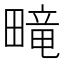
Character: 𬏑